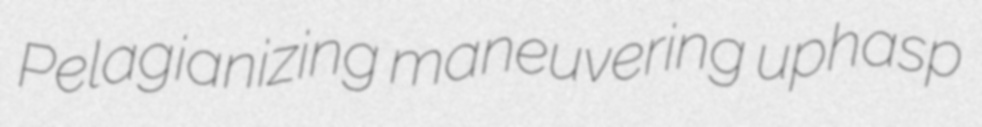
Pelagianizing maneuvering uphasp